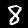
Label: 8